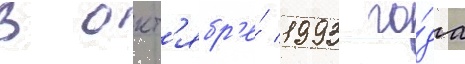
В окт'ябр'е́ 1993 го́да